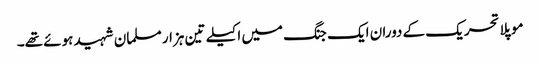
موپلا تحریک کے دوران ایک جنگ میں اکیلے تین ہزار مسلمان شہید ہوئے تھے۔